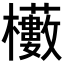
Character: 𭬼